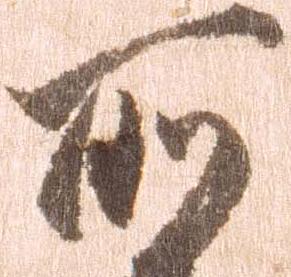
所